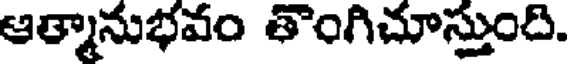
ఆత్మానుభవం తొంగిచూస్తుంది.